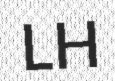
LH